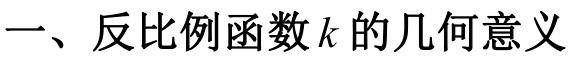
一、反比例函数\(k\)的几何意义